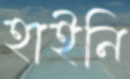
হাইনি